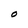
Character: O